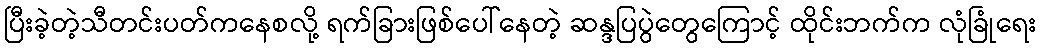
ပြီးခဲ့တဲ့သီတင်းပတ်ကနေစလို့ ရက်ခြားဖြစ်ပေါ်နေတဲ့ ဆန္ဒပြပွဲတွေကြောင့် ထိုင်းဘက်က လုံခြုံရေး